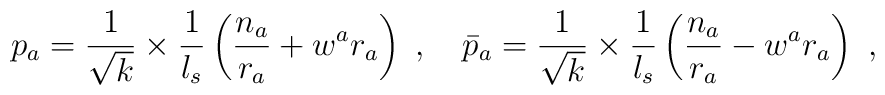
p_a = \frac{1}{\sqrt{k}}\times\frac{1}{l_s}\left(\frac{n_a}{r_a}+w^ar_a\right)  ~,~~~\bar{p}_a = \frac{1}{\sqrt{k}}\times\frac{1}{l_s}\left(\frac{n_a}{r_a}-w^ar_a\right) ~,